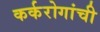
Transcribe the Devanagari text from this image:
कर्करोगांची